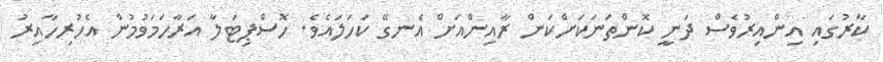
ކާރުގައި އިންއިރުވެސް ދަނީ ކޮންތަނަކަށްކަން ރާއިންއަށް އެނގޭ ކަހަލައެވެ. ހޮސްޕިޓަލާ އަރާހަމަވުމުން އެހުރިހާއިރު